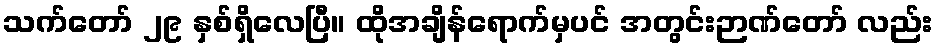
သက်တော် ၂၉ နှစ်ရှိလေပြီ။ ထိုအချိန်ရောက်မှပင် အတွင်းဉာဏ်တော် လည်း